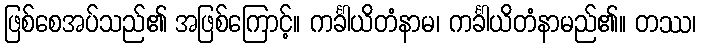
ဖြစ်စေအပ်သည်၏ အဖြစ်ကြောင့်။ ကင်္ခါယိတံနာမ၊ ကင်္ခါယိတံနာမည်၏။ တဿ၊